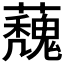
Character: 𮓀